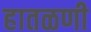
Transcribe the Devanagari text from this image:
हातळणी